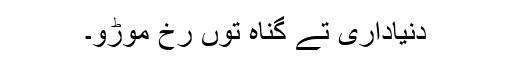
دُنیاداری تے گناہ توں رُخ موڑو۔